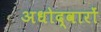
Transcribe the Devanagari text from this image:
अधोद्वारों